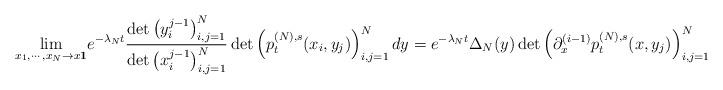
LaTeX: \begin{align*}\underset{x_1,\cdots,x_N \to x \mathbf{1}}{\lim}e^{-\lambda_N t}\frac{\det\left(y_i^{j-1}\right)^N_{i,j=1}}{\det\left(x_i^{j-1}\right)^N_{i,j=1}}\det \left(p^{(N),s}_t(x_i,y_j)\right)^N_{i,j=1}dy=e^{-\lambda_N t}\Delta_N(y) \det \left(\partial^{(i-1)}_xp^{(N),s}_t(x,y_j)\right)_{i,j=1}^N dy.\end{align*}